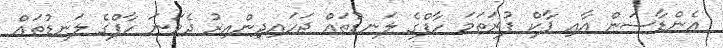
އެންޑާސަން އާއި ޕާކް ފުރަތަމަ ހާފްގެ ލަނޑުތައް ޖަހައިދިންއިރު ދެވަނަ ހާފްގެ ލަނޑުތައް